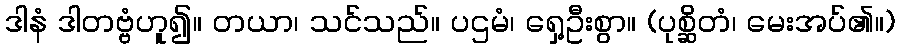
ဒါနံ ဒါတဗ္ဗံဟူ၍။ တယာ၊ သင်သည်။ ပဌမံ၊ ရှေ့ဦးစွာ။ (ပုစ္ဆိတံ၊ မေးအပ်၏။)